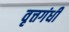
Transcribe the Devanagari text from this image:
वृत्तगंधी